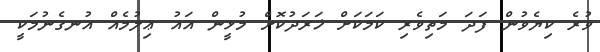
ވުރެ ކިޔެވުން ފަދަ މަތިވެރި ކަމަކަށް ޚަރަދުކޮށް މުޅީން އައު ޢިލުމެއް އުނގެނުމަކީ